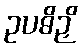
ဥပဓိဉှိ